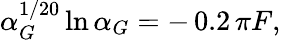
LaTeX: \alpha_{G}^{1/20}\ln{\alpha_{G}}=-\, 0.2\, \pi F,